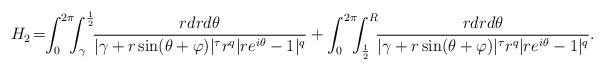
LaTeX: \begin{align*}H_2\!=\!\!\int_0^{2\pi}\!\!\!\int_\gamma^{\frac{1}{2}}\!\!\frac{r dr d\theta}{|\gamma+r\sin(\theta+\varphi)|^\tau r^q|re^{i\theta}-1|^q}+\int_0^{2\pi}\!\!\!\int_{\frac{1}{2}}^{R}\!\!\frac{r dr d\theta}{|\gamma+r\sin(\theta+\varphi)|^\tau r^q|re^{i\theta}-1|^q}.\end{align*}